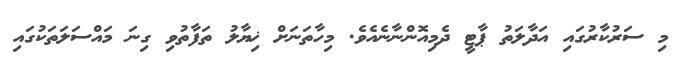
މި ސަރުކާރުގައި އަދާލަތު ޕާޓީ ދެމިއޮންނާނެއެވެ. މިހާތަނަށް ޚިޔާލު ތަފާތުވި ގިނަ މައްސަލަތަކުގައި